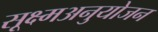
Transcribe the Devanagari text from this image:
सूक्ष्मअनुयोजन